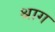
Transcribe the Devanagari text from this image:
श्राग